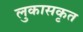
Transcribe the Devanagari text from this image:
लुकासकृत